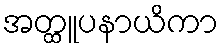
အတ္ထူပနာယိကာ